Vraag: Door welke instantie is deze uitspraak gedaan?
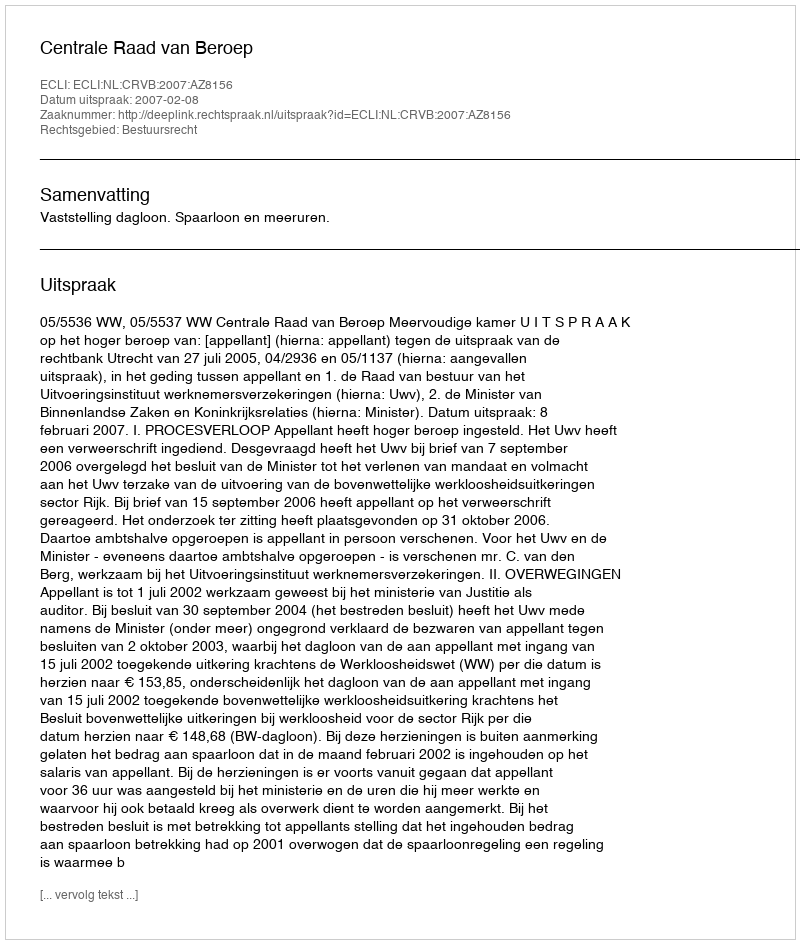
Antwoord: Centrale Raad van Beroep